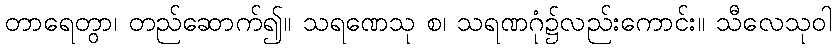
တာရေတွာ၊ တည်ဆောက်၍။ သရဏေသု စ၊ သရဏဂုံ၌လည်းကောင်း။ သီလေသုဝါ